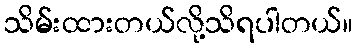
သိမ်းထားတယ်လို့သိရပါတယ်။